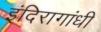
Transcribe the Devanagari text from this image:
इंदिरागांधी